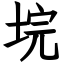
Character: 垸